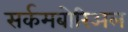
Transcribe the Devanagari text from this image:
सर्कमबोरिअल